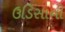
ઉડિસાની